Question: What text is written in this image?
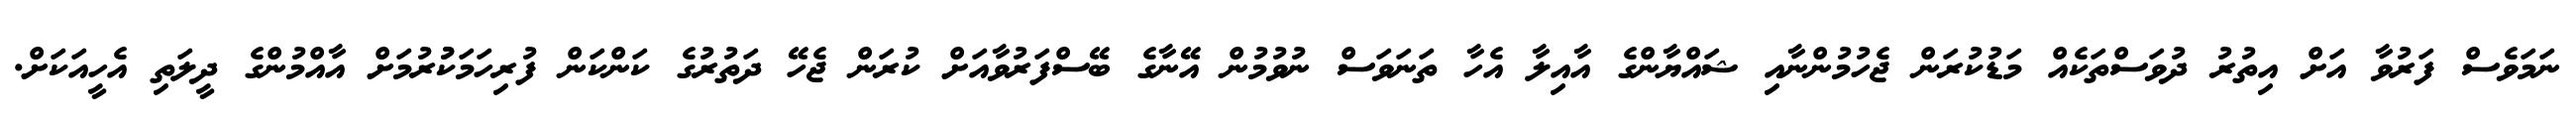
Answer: ނަމަވެސް ފަރުވާ އަށް އިތުރު ދުވަސްތަކެއް މަޑުކުރަން ޖެހުމުންނާއި ޝައްޔާންގެ އާއިލާ އެހާ ތަނަވަސް ނުވުމުން އޭނާގެ ބޭސްފަރުވާއަށް ކުރަން ޖެހޭ ދަތުރުގެ ކަންކަން ފުރިހަމަކުުރުމަށް އާއްމުންގެ ދީލަތި އެހީއަކަށް.